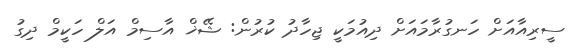
ސީރިއާއަށް ހަނގުރާމައަށް ދިއުމަކީ ޖިހާދު ކުރުން: ޝޭޚް އާސިމް އަލް ހަކީމް ދިގު